Scottish Certificate of Education, 1963
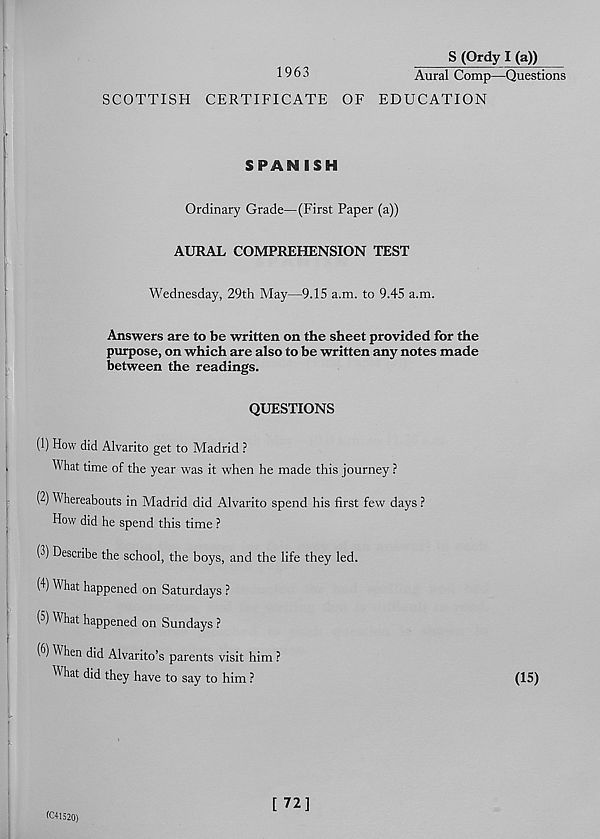
1963
S (Ordy I (a))
Aural Comp—Questions
SCOTTISH CERTIFICATE OF EDUCATION
SPANISH
Ordinary Grade—(First Paper (a))
AURAL COMPREHENSION TEST
Wednesday, 29th May—9.15 a.m. to 9.45 a.m.
Answers are to be written on the sheet provided for the
purpose, on which are also to be written any notes made
between the readings.
QUESTIONS
(1) How did Alvarito get to Madrid ?
What time of the year was it when he made this journey ?
(2) Whereabouts in Madrid did Alvarito spend his first few days ?
How did he spend this time ?
(3) Describe the school, the boys, and the life they led.
(4) What happened on Saturdays ?
(5) What happened on Sundays ?
(6) W hen did Alvarito’s parents visit him ?
^ did they have to say to him ?
(15)
(C41S20)
[ 72]